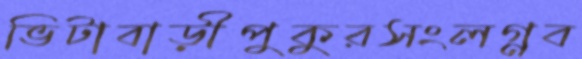
ভিটাবাড়ীপুকুরসংলগ্নব